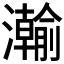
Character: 𬉦